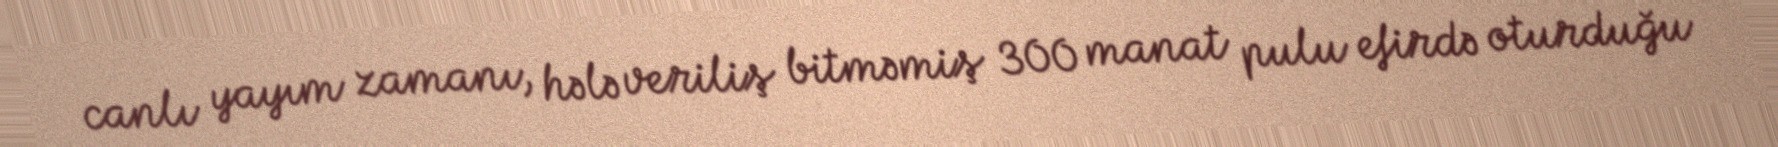
canlı yayım zamanı, hələ veriliş bitməmiş 300 manat pulu efirdə oturduğu